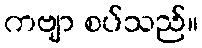
ကဗျာ စပ်သည်။